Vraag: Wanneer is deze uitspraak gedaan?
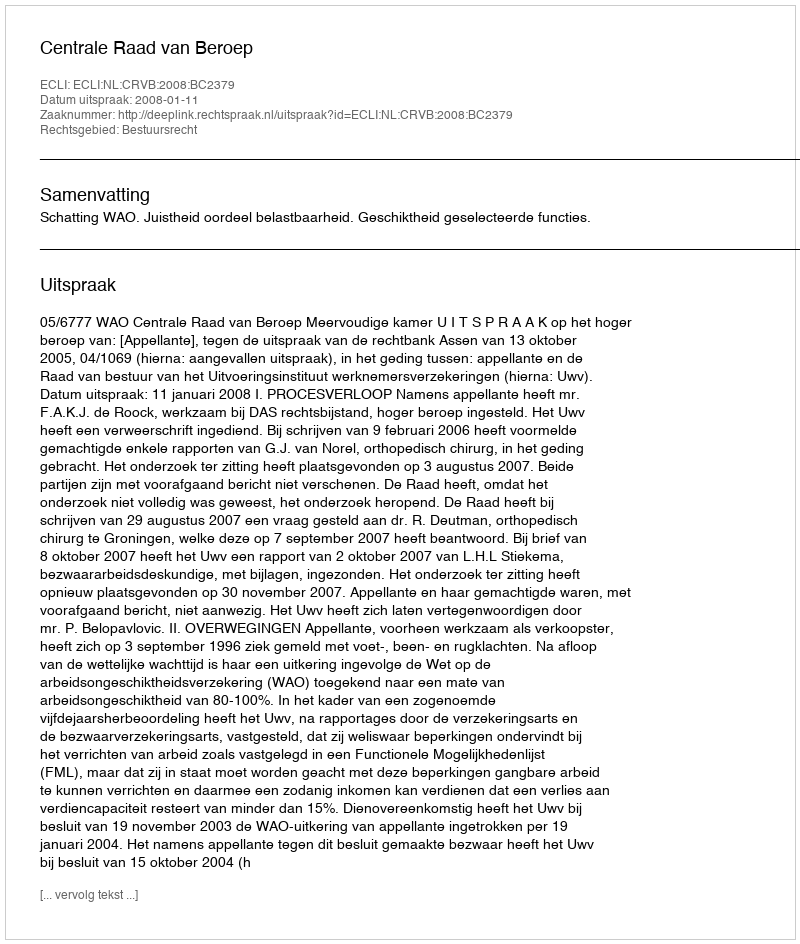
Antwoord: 2008-01-11